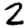
Digit: 2